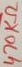
Text: 470KΩ